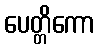
ပေတ္တိကော